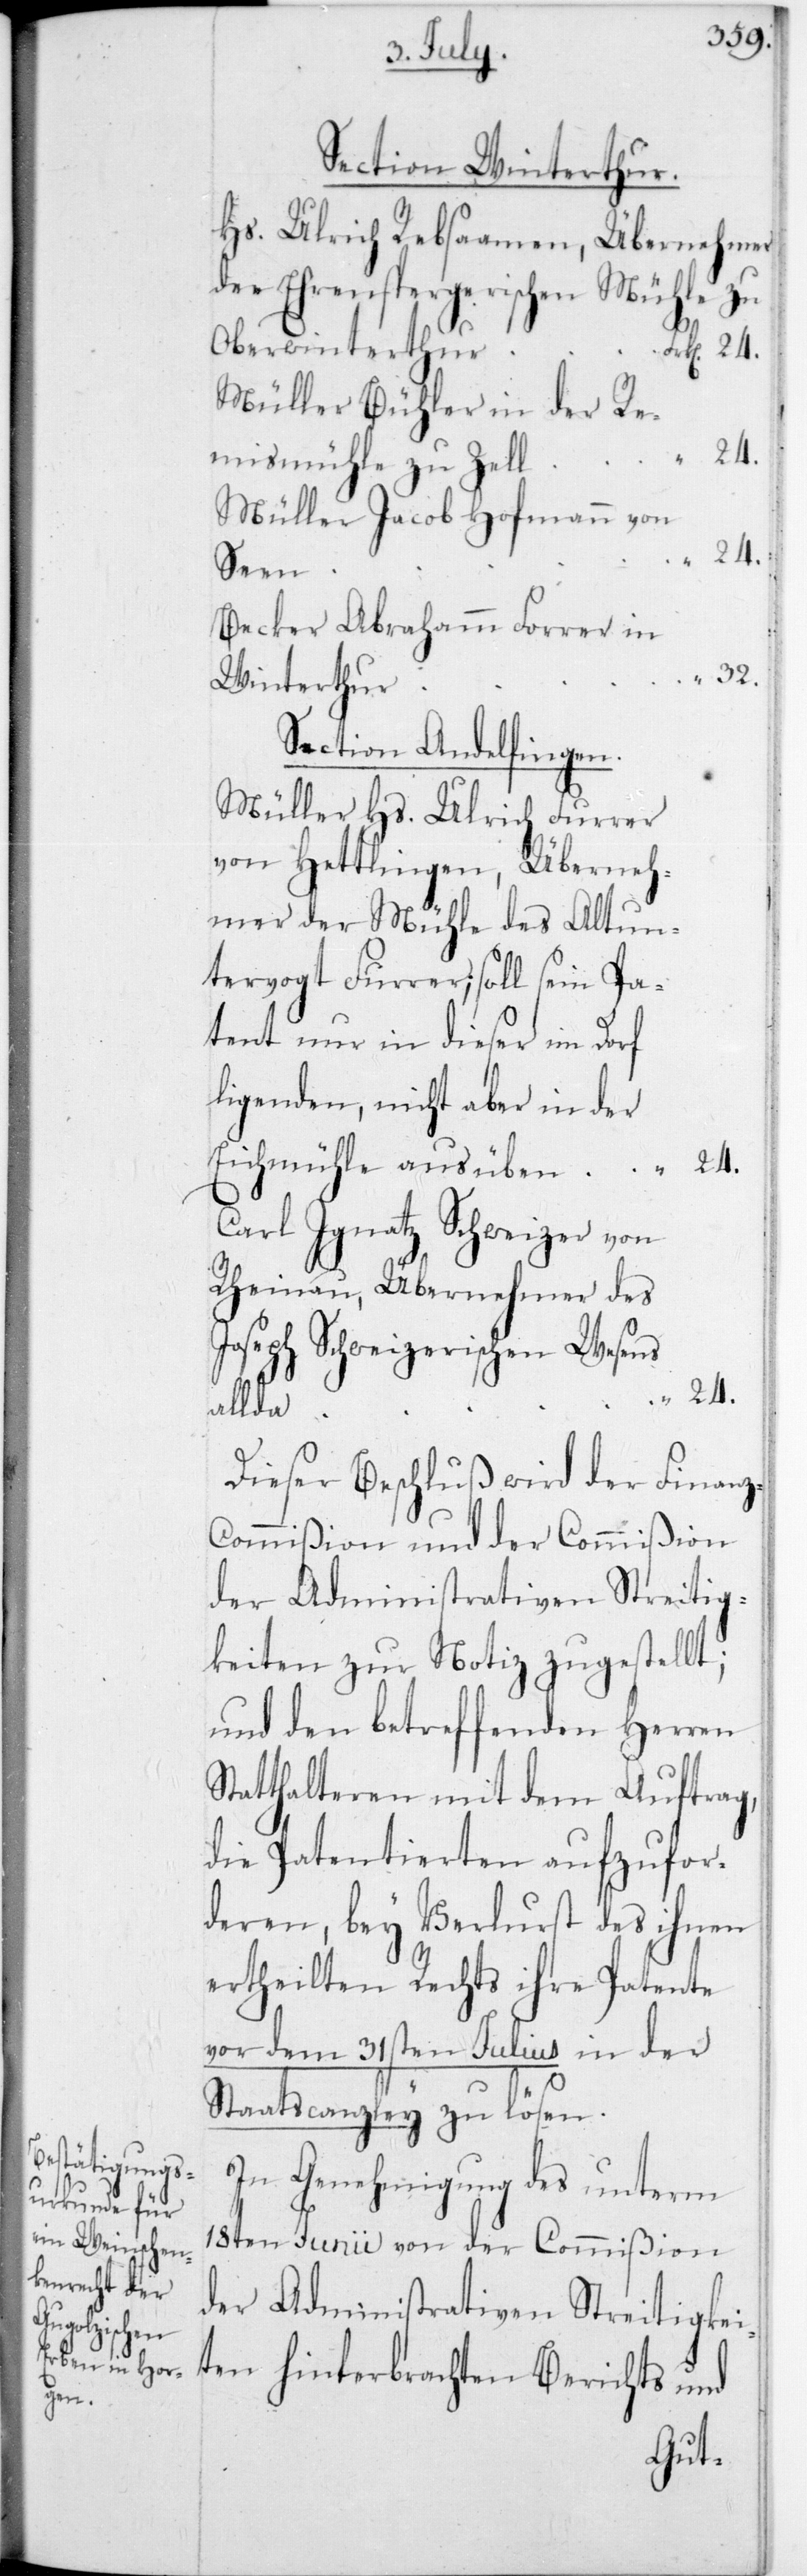
Section Winterthur.
Hs. Ulrich Rebsaamen, Übernehmer
der Ehrenspergerischen Mühle zu
Oberwinterthur
Müller Bühler in der Rä¬
mismühle zu Zell
Müller Jacob Hofmann von
Seen
Bäcker Abraham Forrer in
Winterthur
Section Andelfingen.
Müller Hs. Ulrich Furrer
von Hettlingen, Überneh¬
mer der Mühle des alt Un¬
tervogt Furrer; soll sein Pa¬
tent nur in dieser im Dorf
liegenden, nicht aber in der
Carl Ignaz Schweizer von
Rheinau, Übernehmer des
Joseph Schweizerischen Wesens
24.
allda
Dieser Beschluß wird der Finan¬
z-Commißion und der Commißion
der Administrativen Streitig¬
keiten zur Notiz zugestellt;
und den betreffenden Herren
Statthalteren mit dem Auftrag,
die Patentierten aufzufor¬
deren, bey Verlust des ihnen
ertheilten Rechts ihre Patente
vor dem 31sten Julius in der
Staatscanzley zu lösen.
In Genehmigung des unterm
18ten Junii von der Commißion
der Administrativen Streitigkei¬
ten hinterbrachten Berichts und